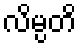
လိမ္ပတိ